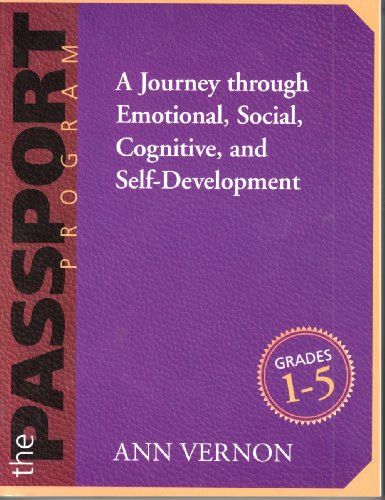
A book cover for The PASSPORT Program: A Journey through Emotional, Social, Cognitive, and Self-Development/Grades 1-5; Ann Vernon; Teen & Young Adult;